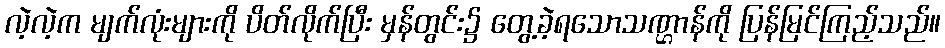
လဲ့လဲ့က မျက်လုံးများကို ပိတ်လိုက်ပြီး မှန်တွင်း၌ တွေ့ခဲ့ရသောသဏ္ဌာန်ကို ပြန်မြင်ကြည့်သည်။